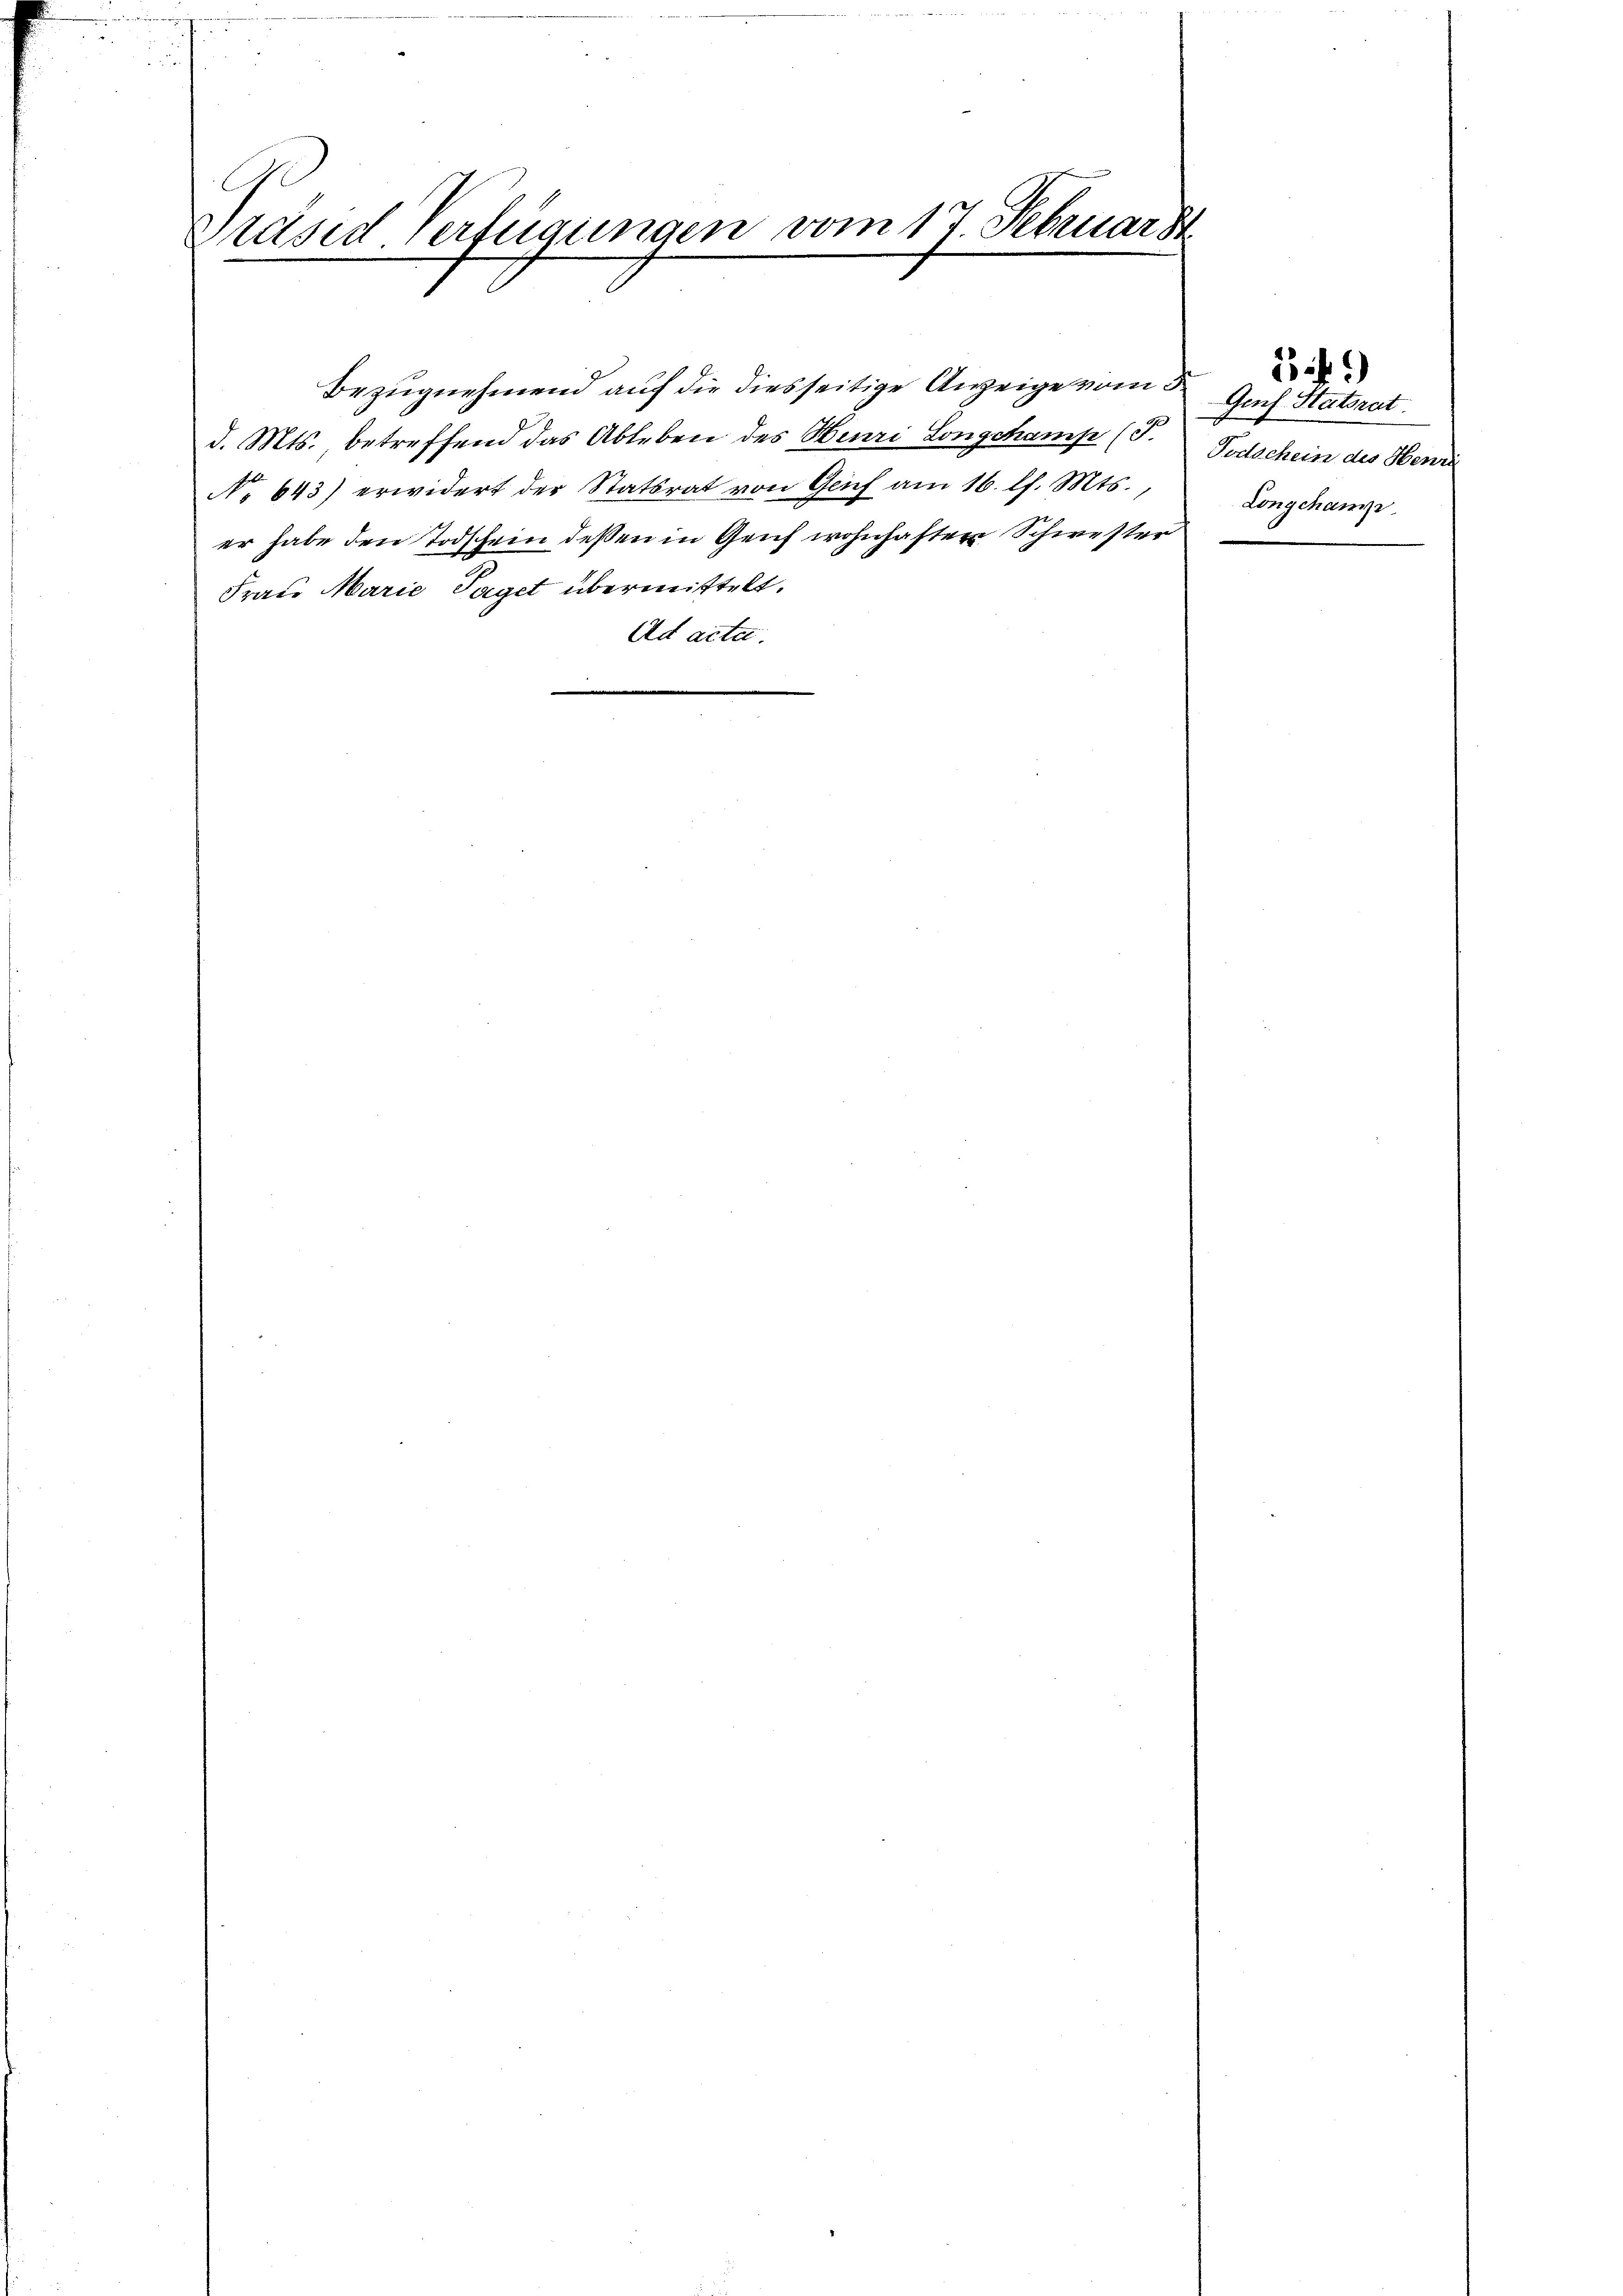
C
Präsid Verfügungen vom 17. Februar de

d. Mts. betreffend das Ableben des Henri Longchamp (T.
No 643) erwidert der Statsrat von Genf am 16. l. Mts.,
er habe den Todschein deßen in Geich wohnhaften Schwester
Frau Marie Taget übermittelt.
Ad acta.

Bezugnehmend auf die diesseitige Anzeige vom 3. Auch Statsrat

Todschein des Henri
Longchani

349)